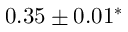
0 . 3 5 \pm 0 . 0 1 ^ { \ast }